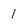
Character: 1